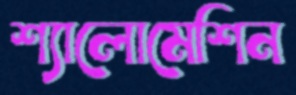
শ্যালোমেশিন